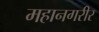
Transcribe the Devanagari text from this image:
महानगरीर